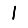
Digit: 1